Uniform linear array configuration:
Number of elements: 16
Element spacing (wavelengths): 0.5
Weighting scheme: hamming
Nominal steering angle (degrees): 45
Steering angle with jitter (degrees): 44.644
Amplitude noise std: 0.05
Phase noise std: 0.05

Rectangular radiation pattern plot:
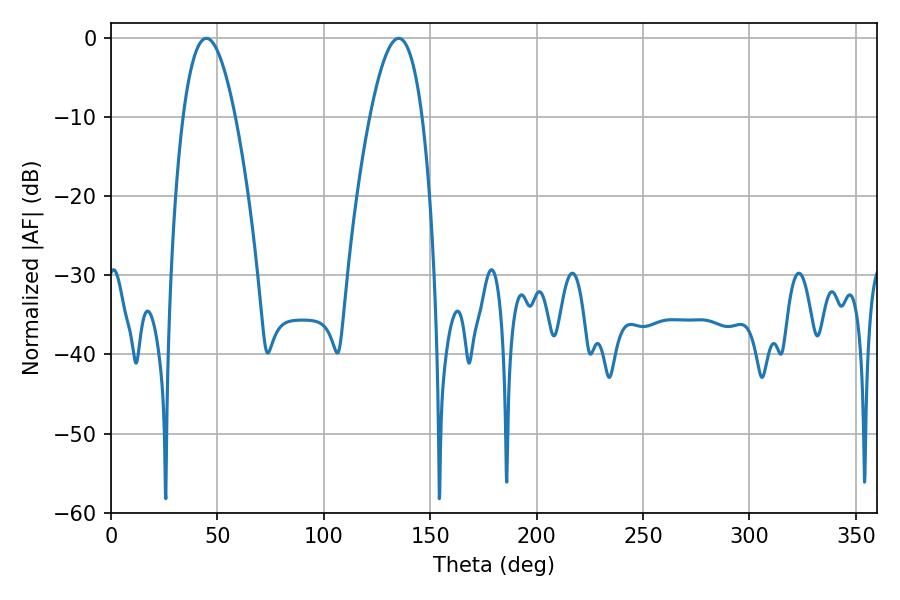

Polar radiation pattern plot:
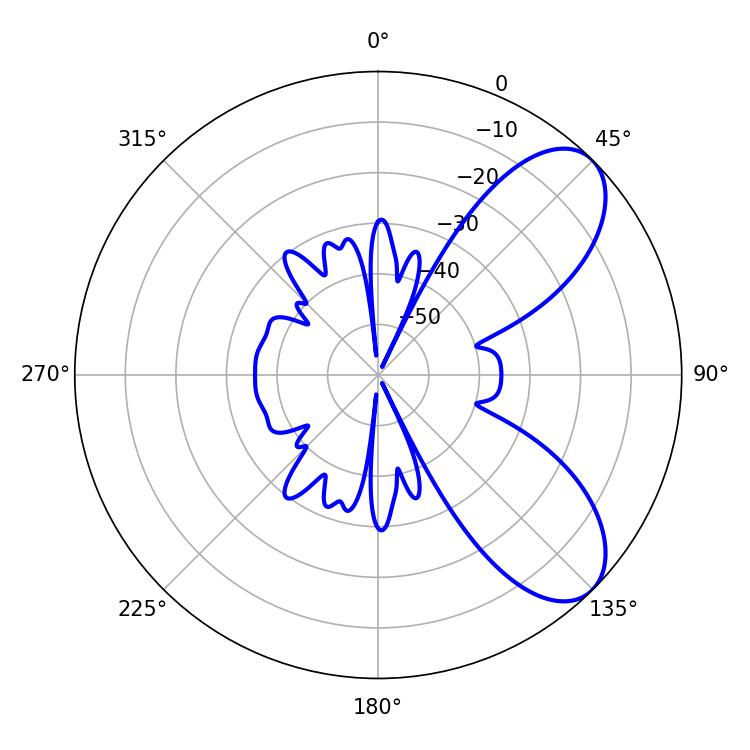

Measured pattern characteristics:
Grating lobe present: FALSE
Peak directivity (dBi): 7.462
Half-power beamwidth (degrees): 13.5
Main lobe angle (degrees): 44.82